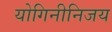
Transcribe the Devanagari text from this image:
योगिनीनिजय